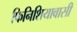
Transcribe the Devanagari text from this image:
फिनिशियावासी